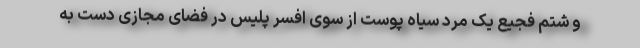
و شتم فجیع یک مرد سیاه پوست از سوی افسر پلیس در فضای مجازی دست به